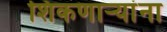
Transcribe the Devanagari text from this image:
शिकणाऱ्यांना